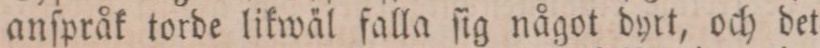
anſpråk torde likwäl falla ſig något dyrt, och det